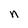
Character: n